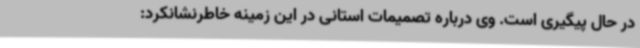
در حال پیگیری است. وی درباره تصمیمات استانی در این زمینه خاطرنشانکرد: